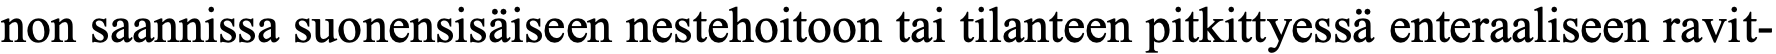
non saannissa suonensisäiseen nestehoitoon tai tilanteen pitkittyessä enteraaliseen ravit-